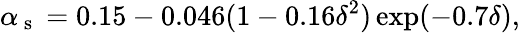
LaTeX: \alpha_{\mathrm{~s~}}=0.15-0.046(1-0.16\delta^{2})\exp(-0.7\delta),